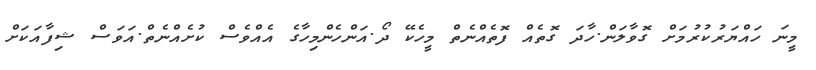
މީނަ ހައްޔަރުކުރުމަށް ގޮވާލަން.ހާދަ ގޮތެއް ފޮތެއްނެތް މީހެކޭ ދޯ.އަންހެންމިހާގެ އެއްވެސް ކުށެއްނެތް.އަވަސް ޝިފާއަކަށް